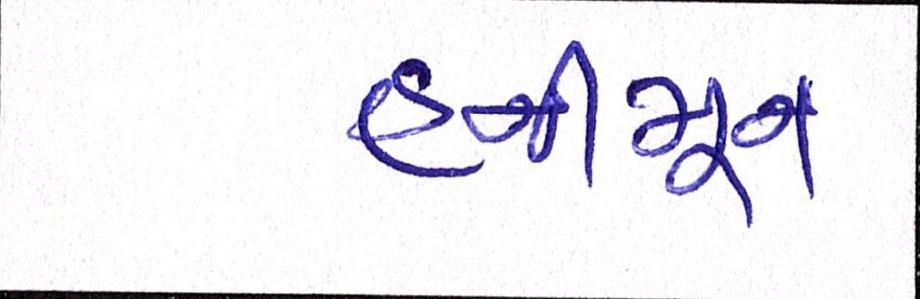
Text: હનીમૂન